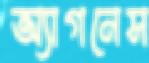
অ্যাগনেস